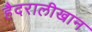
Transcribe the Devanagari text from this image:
हैदरालीखान